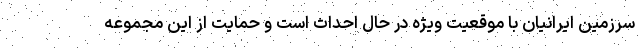
سرزمین ایرانیان با موقعیت ویژه‌ در حال احداث است و حمایت از این مجموعه